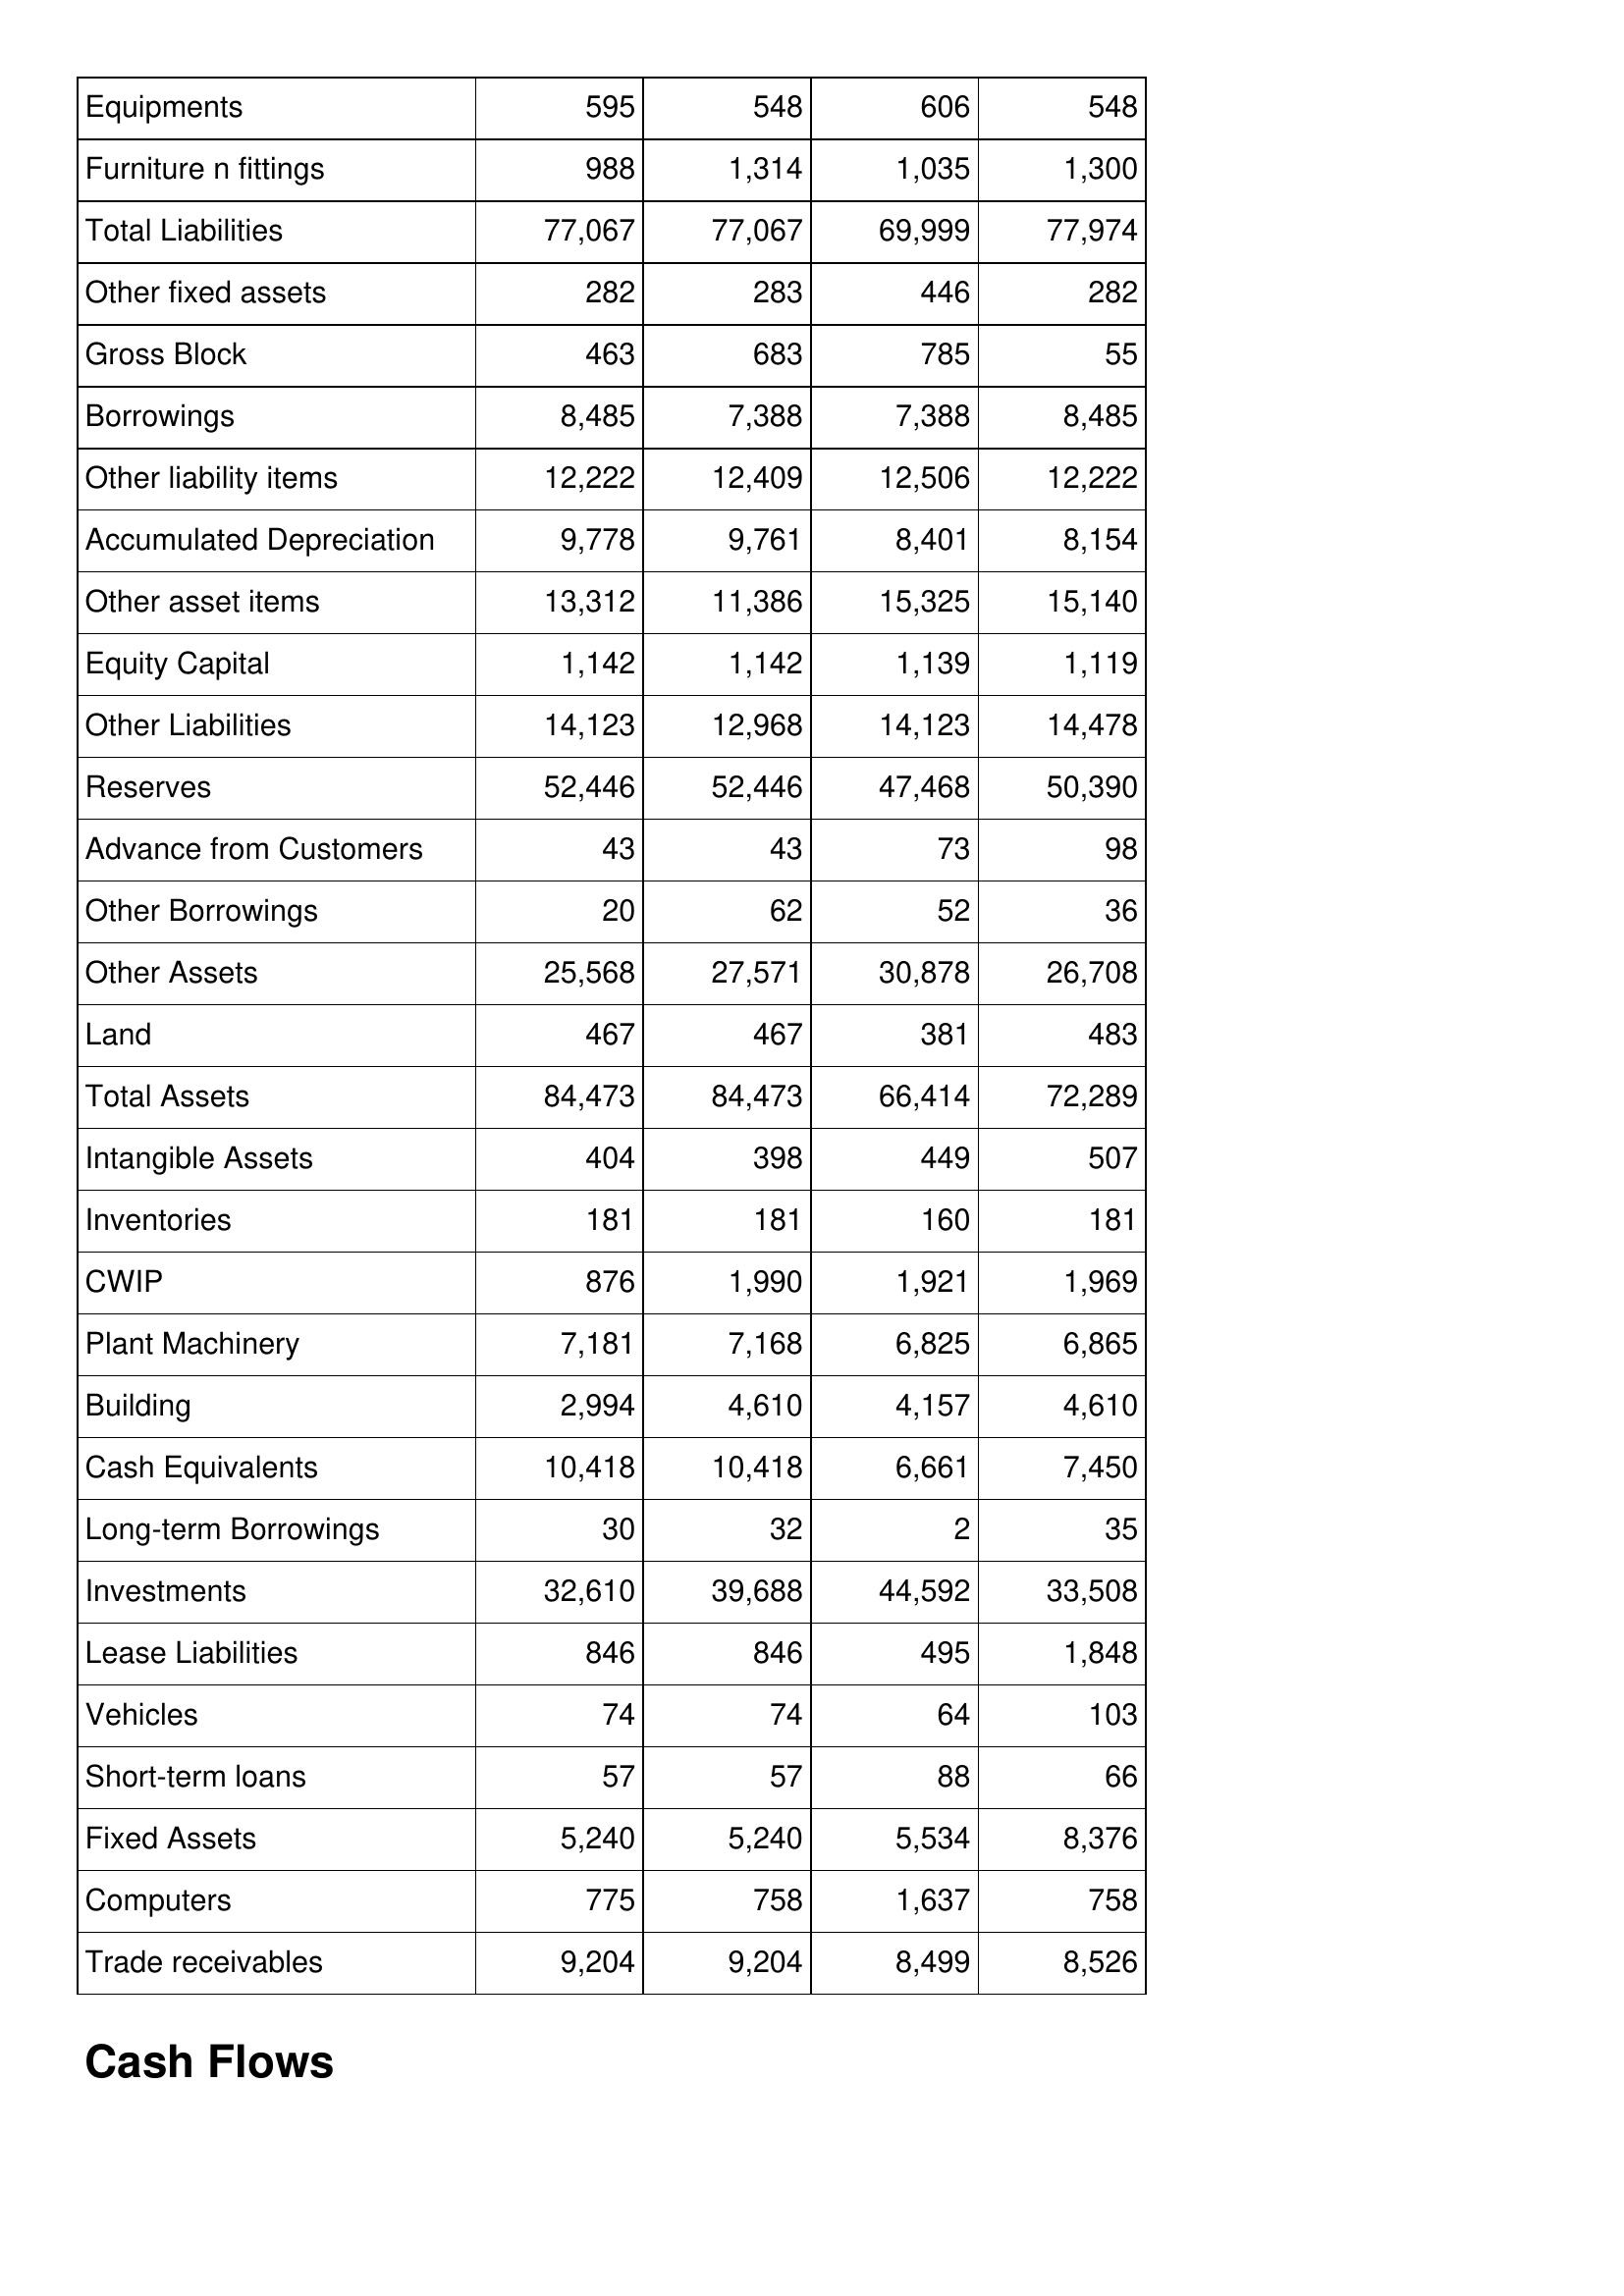
Mar-12: Balance Sheet: Equipments: 595
Furniture n fittings: 988
Total Liabilities: 77,067
Other fixed assets: 282
Gross Block: 463
Borrowings: 8,485
Other liability items: 12,222
Accumulated Depreciation: 9,778
Other asset items: 13,312
Equity Capital: 1,142
Other Liabilities: 14,123
Reserves: 52,446
Advance from Customers: 43
Other Borrowings: 20
Other Assets: 25,568
Land: 467
Total Assets: 84,473
Intangible Assets: 404
Inventories: 181
CWIP: 876
Plant Machinery: 7,181
Building: 2,994
Cash Equivalents: 10,418
Long-term Borrowings: 30
Investments: 32,610
Lease Liabilities: 846
Vehicles: 74
Short-term loans: 57
Fixed Assets: 5,240
Computers: 775
Trade receivables: 9,204
Mar-11: Balance Sheet: Equipments: 548
Furniture n fittings: 1,314
Total Liabilities: 77,067
Other fixed assets: 283
Gross Block: 683
Borrowings: 7,388
Other liability items: 12,409
Accumulated Depreciation: 9,761
Other asset items: 11,386
Equity Capital: 1,142
Other Liabilities: 12,968
Reserves: 52,446
Advance from Customers: 43
Other Borrowings: 62
Other Assets: 27,571
Land: 467
Total Assets: 84,473
Intangible Assets: 398
Inventories: 181
CWIP: 1,990
Plant Machinery: 7,168
Building: 4,610
Cash Equivalents: 10,418
Long-term Borrowings: 32
Investments: 39,688
Lease Liabilities: 846
Vehicles: 74
Short-term loans: 57
Fixed Assets: 5,240
Computers: 758
Trade receivables: 9,204
Mar-10: Balance Sheet: Equipments: 606
Furniture n fittings: 1,035
Total Liabilities: 69,999
Other fixed assets: 446
Gross Block: 785
Borrowings: 7,388
Other liability items: 12,506
Accumulated Depreciation: 8,401
Other asset items: 15,325
Equity Capital: 1,139
Other Liabilities: 14,123
Reserves: 47,468
Advance from Customers: 73
Other Borrowings: 52
Other Assets: 30,878
Land: 381
Total Assets: 66,414
Intangible Assets: 449
Inventories: 160
CWIP: 1,921
Plant Machinery: 6,825
Building: 4,157
Cash Equivalents: 6,661
Long-term Borrowings: 2
Investments: 44,592
Lease Liabilities: 495
Vehicles: 64
Short-term loans: 88
Fixed Assets: 5,534
Computers: 1,637
Trade receivables: 8,499
Mar-09: Balance Sheet: Equipments: 548
Furniture n fittings: 1,300
Total Liabilities: 77,974
Other fixed assets: 282
Gross Block: 55
Borrowings: 8,485
Other liability items: 12,222
Accumulated Depreciation: 8,154
Other asset items: 15,140
Equity Capital: 1,119
Other Liabilities: 14,478
Reserves: 50,390
Advance from Customers: 98
Other Borrowings: 36
Other Assets: 26,708
Land: 483
Total Assets: 72,289
Intangible Assets: 507
Inventories: 181
CWIP: 1,969
Plant Machinery: 6,865
Building: 4,610
Cash Equivalents: 7,450
Long-term Borrowings: 35
Investments: 33,508
Lease Liabilities: 1,848
Vehicles: 103
Short-term loans: 66
Fixed Assets: 8,376
Computers: 758
Trade receivables: 8,526